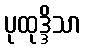
ပုထုဒ္ဒိသာ